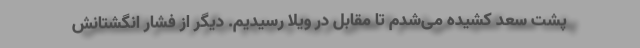
پشت سعد کشیده می‌شدم تا مقابل در ویلا رسیدیم. دیگر از فشار انگشتانش